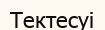
Тектесуі